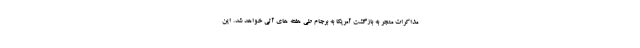
مذاکرات منجر به بازگشت آمریکا به برجام طی هفته های آتی خواهد شد. این